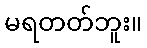
မရတတ်ဘူး။